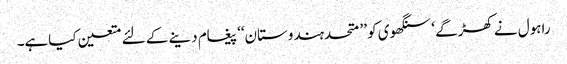
راہول نے کھڑگے ‘ سنگھوی کو ’’ متحدہندوستان‘‘ پیغام دینے کے لئے متعین کیاہے۔